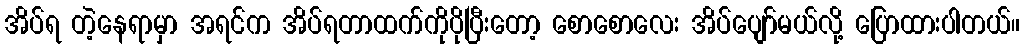
အိပ်ရ တဲ့နေရာမှာ အရင်က အိပ်ရတာထက်ကိုပိုပြီးတော့ စောစောလေး အိပ်ပျော်မယ်လို့ ပြောထားပါတယ်။